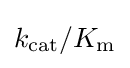
k_{\rm {cat}}/K_{\rm {m}}